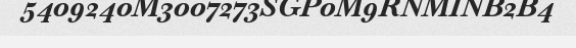
5409240M3007273SGP0M9RNMINB2B4